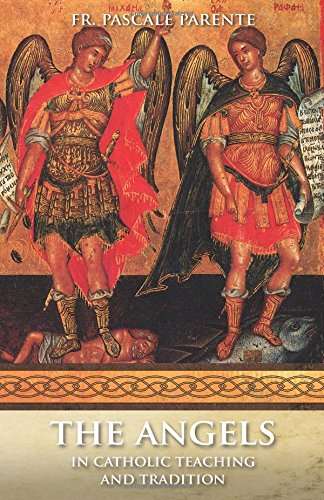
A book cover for The Angels: In Catholic Teaching and Tradition; Rev. Fr. Pascale Parente; Christian Books & Bibles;